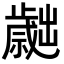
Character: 𣦬